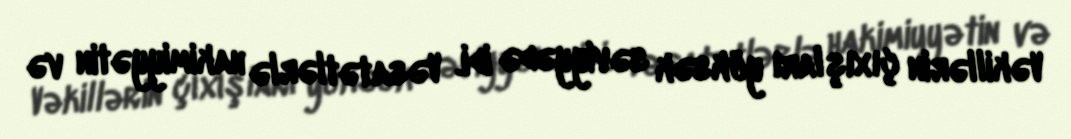
Vəkillərin çıxışları yüksək səviyyədə idi. Vəsatətlərlə hakimiyyətin və